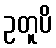
ဥတူပိ